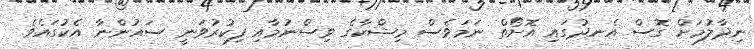
ނިދާލުމަށް ގޮސް އެނދުގައި އޮށޯތް ނަމަވެސް މިޝްކާގެ ވިސްނުމާއި ފިކުރުވަނީ ސައުންނާ އެކުގައެވެ.